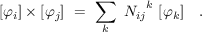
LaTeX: [ \varphi _ { i } ] \times [ \varphi _ { j } ] \ = \ \sum _ { k } \ { N _ { i j } } ^ { k } \ [ \varphi _ { k } ] \quad .